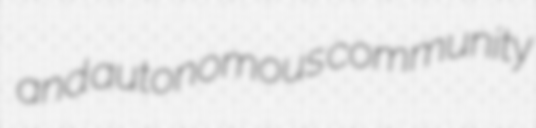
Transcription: and autonomous community